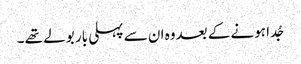
جُدا ہونے کے بعدوہ ان سے پہلی بار بولے تھے ۔